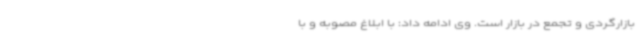
بازارگردی و تجمع در بازار است. وی ادامه داد: با ابلاغ مصوبه و با